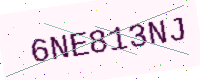
Text: 6NE813NJ